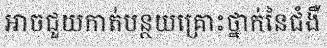
អាចជួយកាត់បន្ថយគ្រោះថ្នាក់នៃជំងឺ